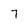
Character: 7